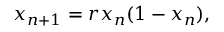
x _ { n + 1 } = r x _ { n } ( 1 - x _ { n } ) ,